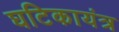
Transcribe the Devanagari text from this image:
घटिकायंत्र